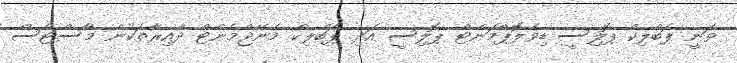
ވަނީ ޕަބްލިކް ޕޮލިސީ ޑިވެލޮޕްމަންޓް ޕޮލިސީ އަދި ޕަބްލިކް މެނޭޖްމެންޓް ދާއިރާތަކުން މާސްޓާސް